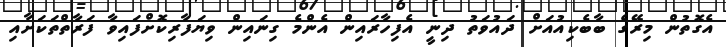
އެގޮތުން މިރޭގެ ބާބެކިއުއަށް ދައުވަތު ދިނީ އެފިހާރައިން އެންމެ ގިނައިން ވިޔަފާރިކޮށްފައިވާ ފަރާތްތަކަށާއި